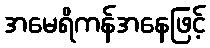
အမေရိကန်အနေဖြင့်